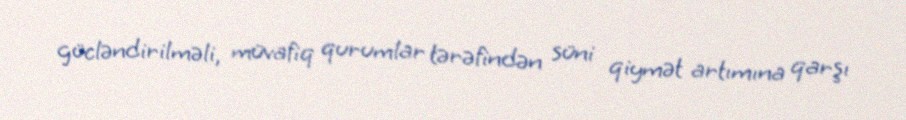
gücləndirilməli, müvafiq qurumlar tərəfindən süni qiymət artımına qarşı